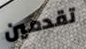
تقدمين